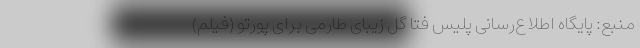
منبع: پایگاه اطلاع‌رسانی پلیس فتا گل زیبای طارمی برای پورتو (فیلم)